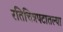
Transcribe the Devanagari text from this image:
रतिचित्रपटातल्या